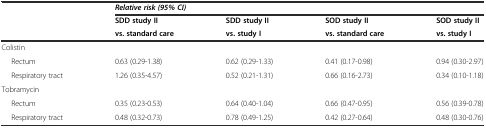
<table><thead><tr><td></td><td colspan="4"><b><i>Relative risk (95% CI)</i></b></td></tr><tr><td rowspan="2"></td><td><b>SDD study II</b></td><td><b>SDD study II</b></td><td><b>SOD study II</b></td><td><b>SOD study II</b></td></tr><tr><td><b>vs. standard care</b></td><td><b>vs. study I</b></td><td><b>vs. standard care</b></td><td><b>vs. study I</b></td></tr></thead><tbody><tr><td>Colistin</td><td></td><td></td><td></td><td></td></tr><tr><td>Rectum</td><td>0.63 (0.29-1.38)</td><td>0.62 (0.29-1.33)</td><td>0.41 (0.17-0.98)</td><td>0.94 (0.30-2.97)</td></tr><tr><td>Respiratory tract</td><td>1.26 (0.35-4.57)</td><td>0.52 (0.21-1.31)</td><td>0.66 (0.16-2.73)</td><td>0.34 (0.10-1.18)</td></tr><tr><td>Tobramycin</td><td></td><td></td><td></td><td></td></tr><tr><td>Rectum</td><td>0.35 (0.23-0.53)</td><td>0.64 (0.40-1.04)</td><td>0.66 (0.47-0.95)</td><td>0.56 (0.39-0.78)</td></tr><tr><td>Respiratory tract</td><td>0.48 (0.32-0.73)</td><td>0.78 (0.49-1.25)</td><td>0.42 (0.27-0.64)</td><td>0.48 (0.30-0.76)</td></tr></tbody></table>